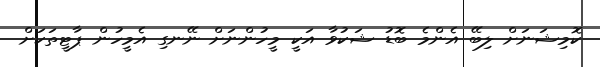
ކޮމިޝަނަށް ލިބޭ އެންމެ ބޮޑު ޝަކުވާ އަކީ މީހުންނަށް ނޭނގި އެމީހުން ޕާޓީތަކަށް